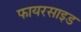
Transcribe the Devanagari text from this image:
फायरसाइड